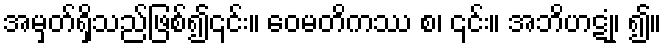
အမှတ်ရှိသည်ဖြစ်၍၎င်း။ ဝေမတိကဿ စ၊ ၎င်း။ အဘိဟဋုံ၊ ၍။